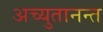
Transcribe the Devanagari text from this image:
अच्युतानन्त